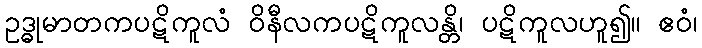
ဥဒ္ဓုမာတကပဋိကူလံ ဝိနီလကပဋိကူလန္တိ၊ ပဋိကူလဟူ၍။ ဧဝံ၊